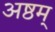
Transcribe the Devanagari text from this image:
अष्ठम्‌